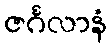
ဇင်္ဂလာနံ